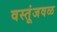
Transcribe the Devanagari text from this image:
वस्तूंजवळ